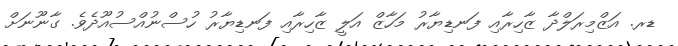
ޑރ. އަޒްމިރަލްދާ ޒާހިރާއި ފަނޑިޔާރު މަހާޒް އަލީ ޒާހިރާއި ފަނޑިޔާރު ހުސްނުއްސުއޫދެވެ. ގާނޫނަށް